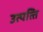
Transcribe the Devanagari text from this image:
उत्‍पत्‍ति